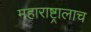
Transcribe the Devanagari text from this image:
महाराष्ट्रालाच